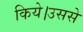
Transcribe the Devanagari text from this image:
किये।उससे